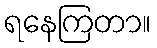
ရနေကြတာ။